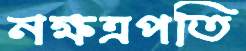
নক্ষত্রপতি